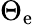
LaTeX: \Theta_{\mathrm{e}}